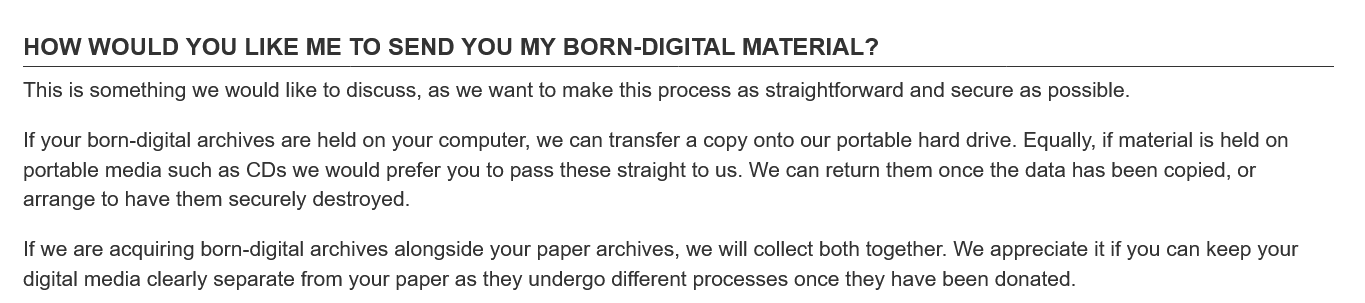
HOW   WOULD  YOU  LIKE    ME  TO  SEND   YOU  MY  BORN-DIGITAL    MATERIAL?
   This is something we would like to discuss, as we want to make this process as straightforward and secure as possible.
   If your born-digital archives are held on your computer, we can transfer a copy onto our portable hard drive. Equally, if material is held on
   portable media such as CDs we would prefer you to pass these straight to us. We can return them once the data has been copied, or
   arrange to have them securely destroyed.
   If we are acquiring born-digital archives alongside your paper archives, we will collect both together. We appreciate it if you can keep your
   digital media clearly separate from your paper as they undergo different processes once they have been donated.